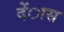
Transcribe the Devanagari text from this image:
देंास